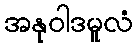
အနုဝါဒမူလံ